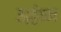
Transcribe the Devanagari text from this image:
उल्लंघ्न